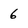
Character: 6